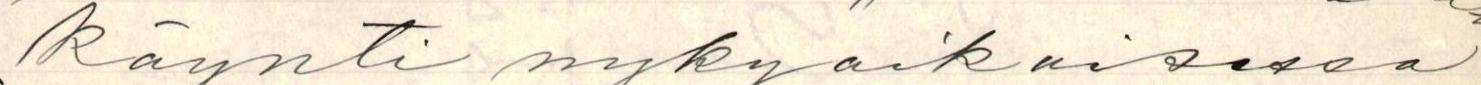
käynti nykyaikaisessa